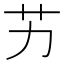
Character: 艻